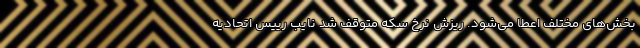
بخش‌های مختلف اعطا می‌شود. ریزش نرخ سکه متوقف شد نایب رییس اتحادیه